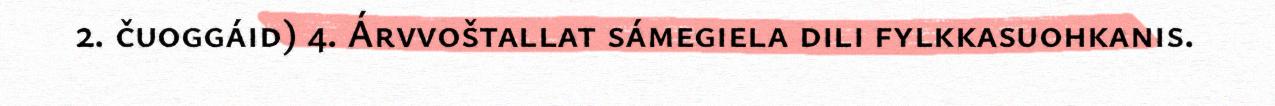
2. čuoggáid) 4. Árvvoštallat sámegiela dili fylkkasuohkanis.